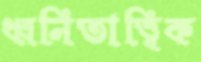
ধ্বনিতাত্ত্বিক